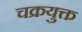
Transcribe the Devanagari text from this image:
चक्रयुक्त